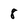
Character: 8